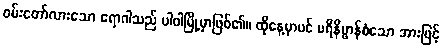
ဝမ်းတော်လားသော ရောဂါသည် ပါဝါမြို့မှာဖြစ်၏။ ထိုနေ့မှာပင် ပရိနိဗ္ဗာန်စံသော အားဖြင့်